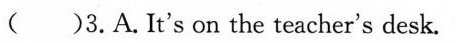
()3. A. It's on the teacher's desk.